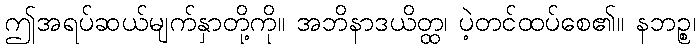
ဤအရပ်ဆယ်မျက်နှာတို့ကို။ အဘိနာဒယိတ္ထ၊ ပဲ့တင်ထပ်စေ၏။ နဘဉ္စ၊